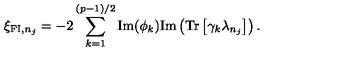
\xi _ { \mathrm { { \small F I } } , n _ { j } } = - 2 \sum _ { k = 1 } ^ { ( p - 1 ) / 2 } \mathrm { I m } ( \phi _ { k } ) \mathrm { I m } \left( \mathrm { T r } \left[ \gamma _ { k } \lambda _ { n _ { j } } \right] \right) .